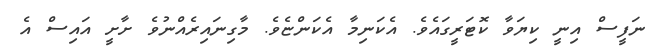
ނަފީސް އިނީ ކިޔަވާ ކޮޓަރީގައެވެ. އެކަނިމާ އެކަންޏެވެ. މާގިނައިރެއްނުވެ ށާށީ އައިސް އެ